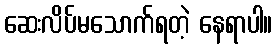
ဆေးလိပ်မသောက်ရတဲ့ နေရာပါ။